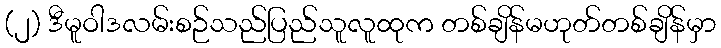
(၂) ဒီမူဝါဒလမ်းစဉ်သည်ပြည်သူလူထုက တစ်ချိန်မဟုတ်တစ်ချိန်မှာ